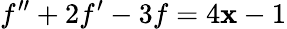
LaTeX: f^{\prime\prime}+2f^{\prime}-3f=4\mathbf{x}-1